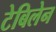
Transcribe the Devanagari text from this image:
टेबिलेन